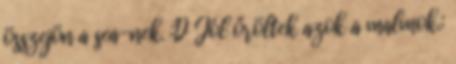
összejön a sea-nek. :D Jól őröltek azok a malmok.: